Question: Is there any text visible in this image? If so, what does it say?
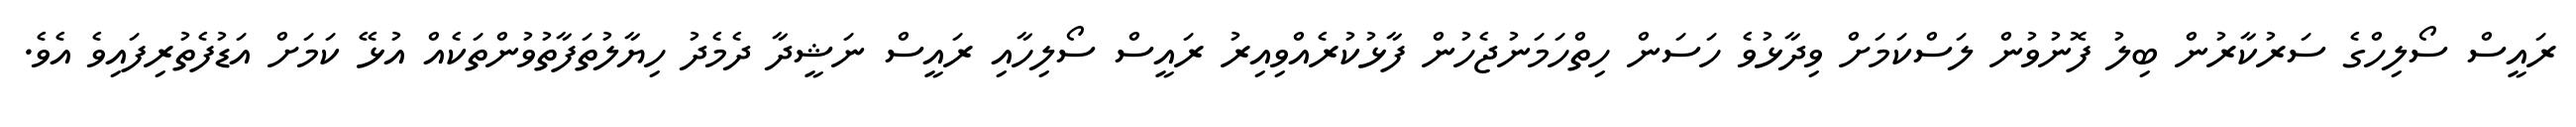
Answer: ރައީސް ސޯލިހްގެ ސަރުކާރުން ބިލު ފޮނުވުން ލަސްކަމަށް ވިދާޅުވެ ހަސަން ހިތްހަމަނުޖެހުން ފާޅުކުރެއްވިއިރު ރައީސް ސޯލިހާއި ރައީސް ނަޝީދާ ދެމެދު ހިޔާލުތަފާތުވުންތަކެއް އުޅޭ ކަމަށް އަޑުފެތުރިފައިވެ އެވެ.